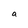
Character: a